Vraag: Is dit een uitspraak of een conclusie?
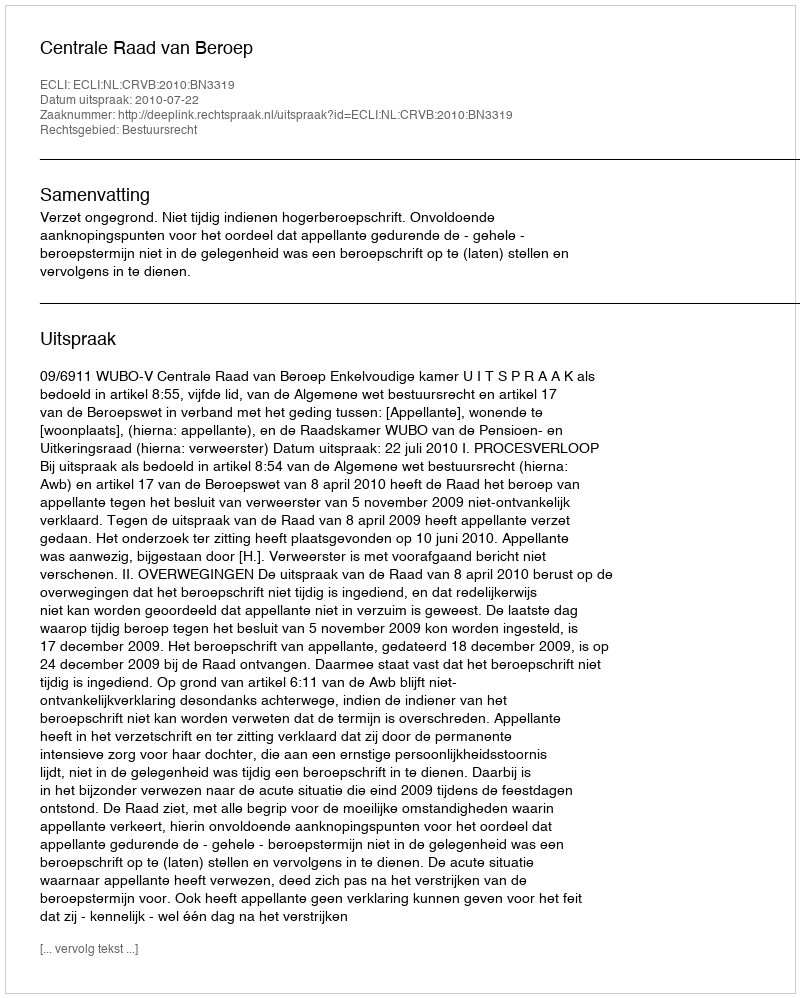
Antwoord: Uitspraak